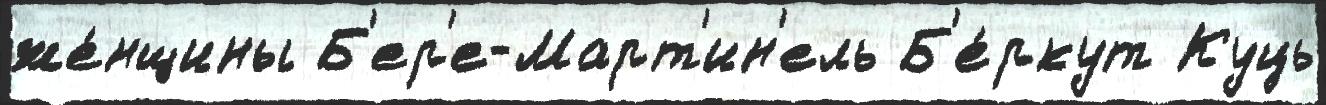
же́нщины Б'ер'е-Март'ин'ель Б'е́ркут Куць